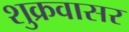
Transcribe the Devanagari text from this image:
शुक्रवासर